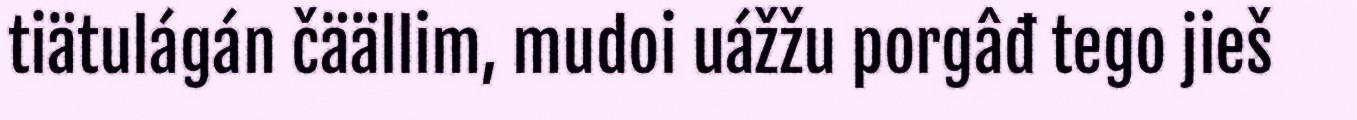
tiätulágán čäällim, mudoi uážžu porgâđ tego jieš